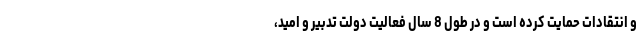
و انتقادات حمایت کرده است و در طول 8 سال فعالیت دولت تدبیر و امید،